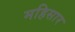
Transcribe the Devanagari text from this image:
महिसार